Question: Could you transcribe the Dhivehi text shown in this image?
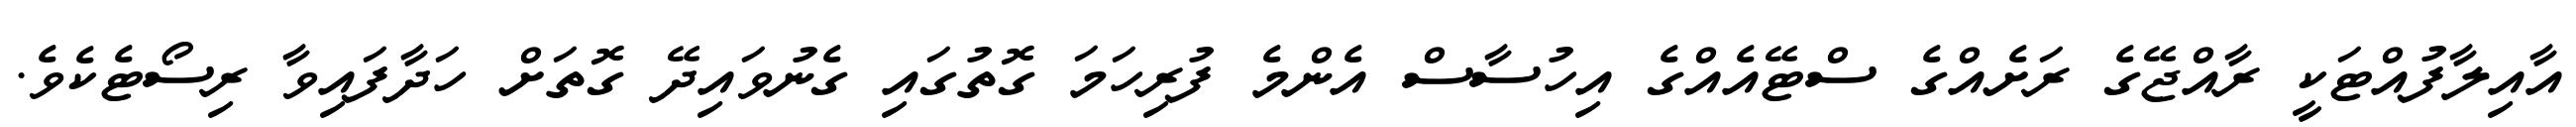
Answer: އާއިލާފުއްޓަކީ ރާއްޖޭގެ ރަށެއްގެ ސްޓޭއެއްގެ އިހުސާސް އެންމެ ފުރިހަމަ ގޮތުގައި ގެނުވައިދޭ ގޮތަށް ހަދާފައިވާ ރިސޯޓެކެވެ.